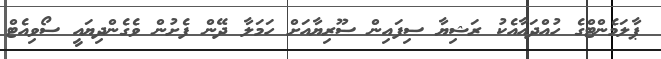
ޕާލަމެންޓްގެ ހުއްދައާއެކު ރަޝިޔާ ސިފައިން ސޫރިޔާއަށް ހަމަލާ ދޭން ފެށުން ވެގެންދިޔައީ ސޯވިއެޓް